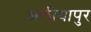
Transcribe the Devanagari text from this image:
अलीयापुर